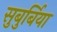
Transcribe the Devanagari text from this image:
सुबुर्बिया